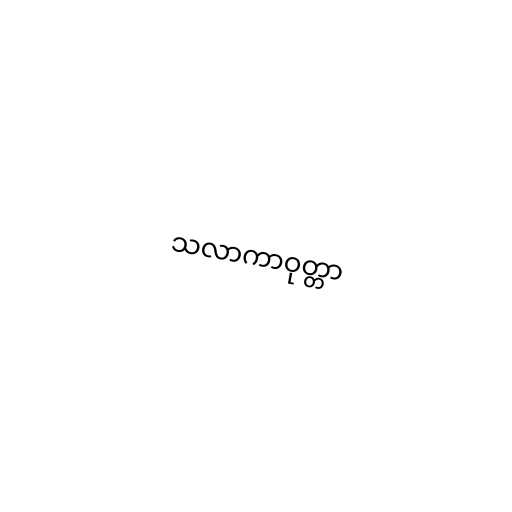
သလာကာဝုတ္တာ